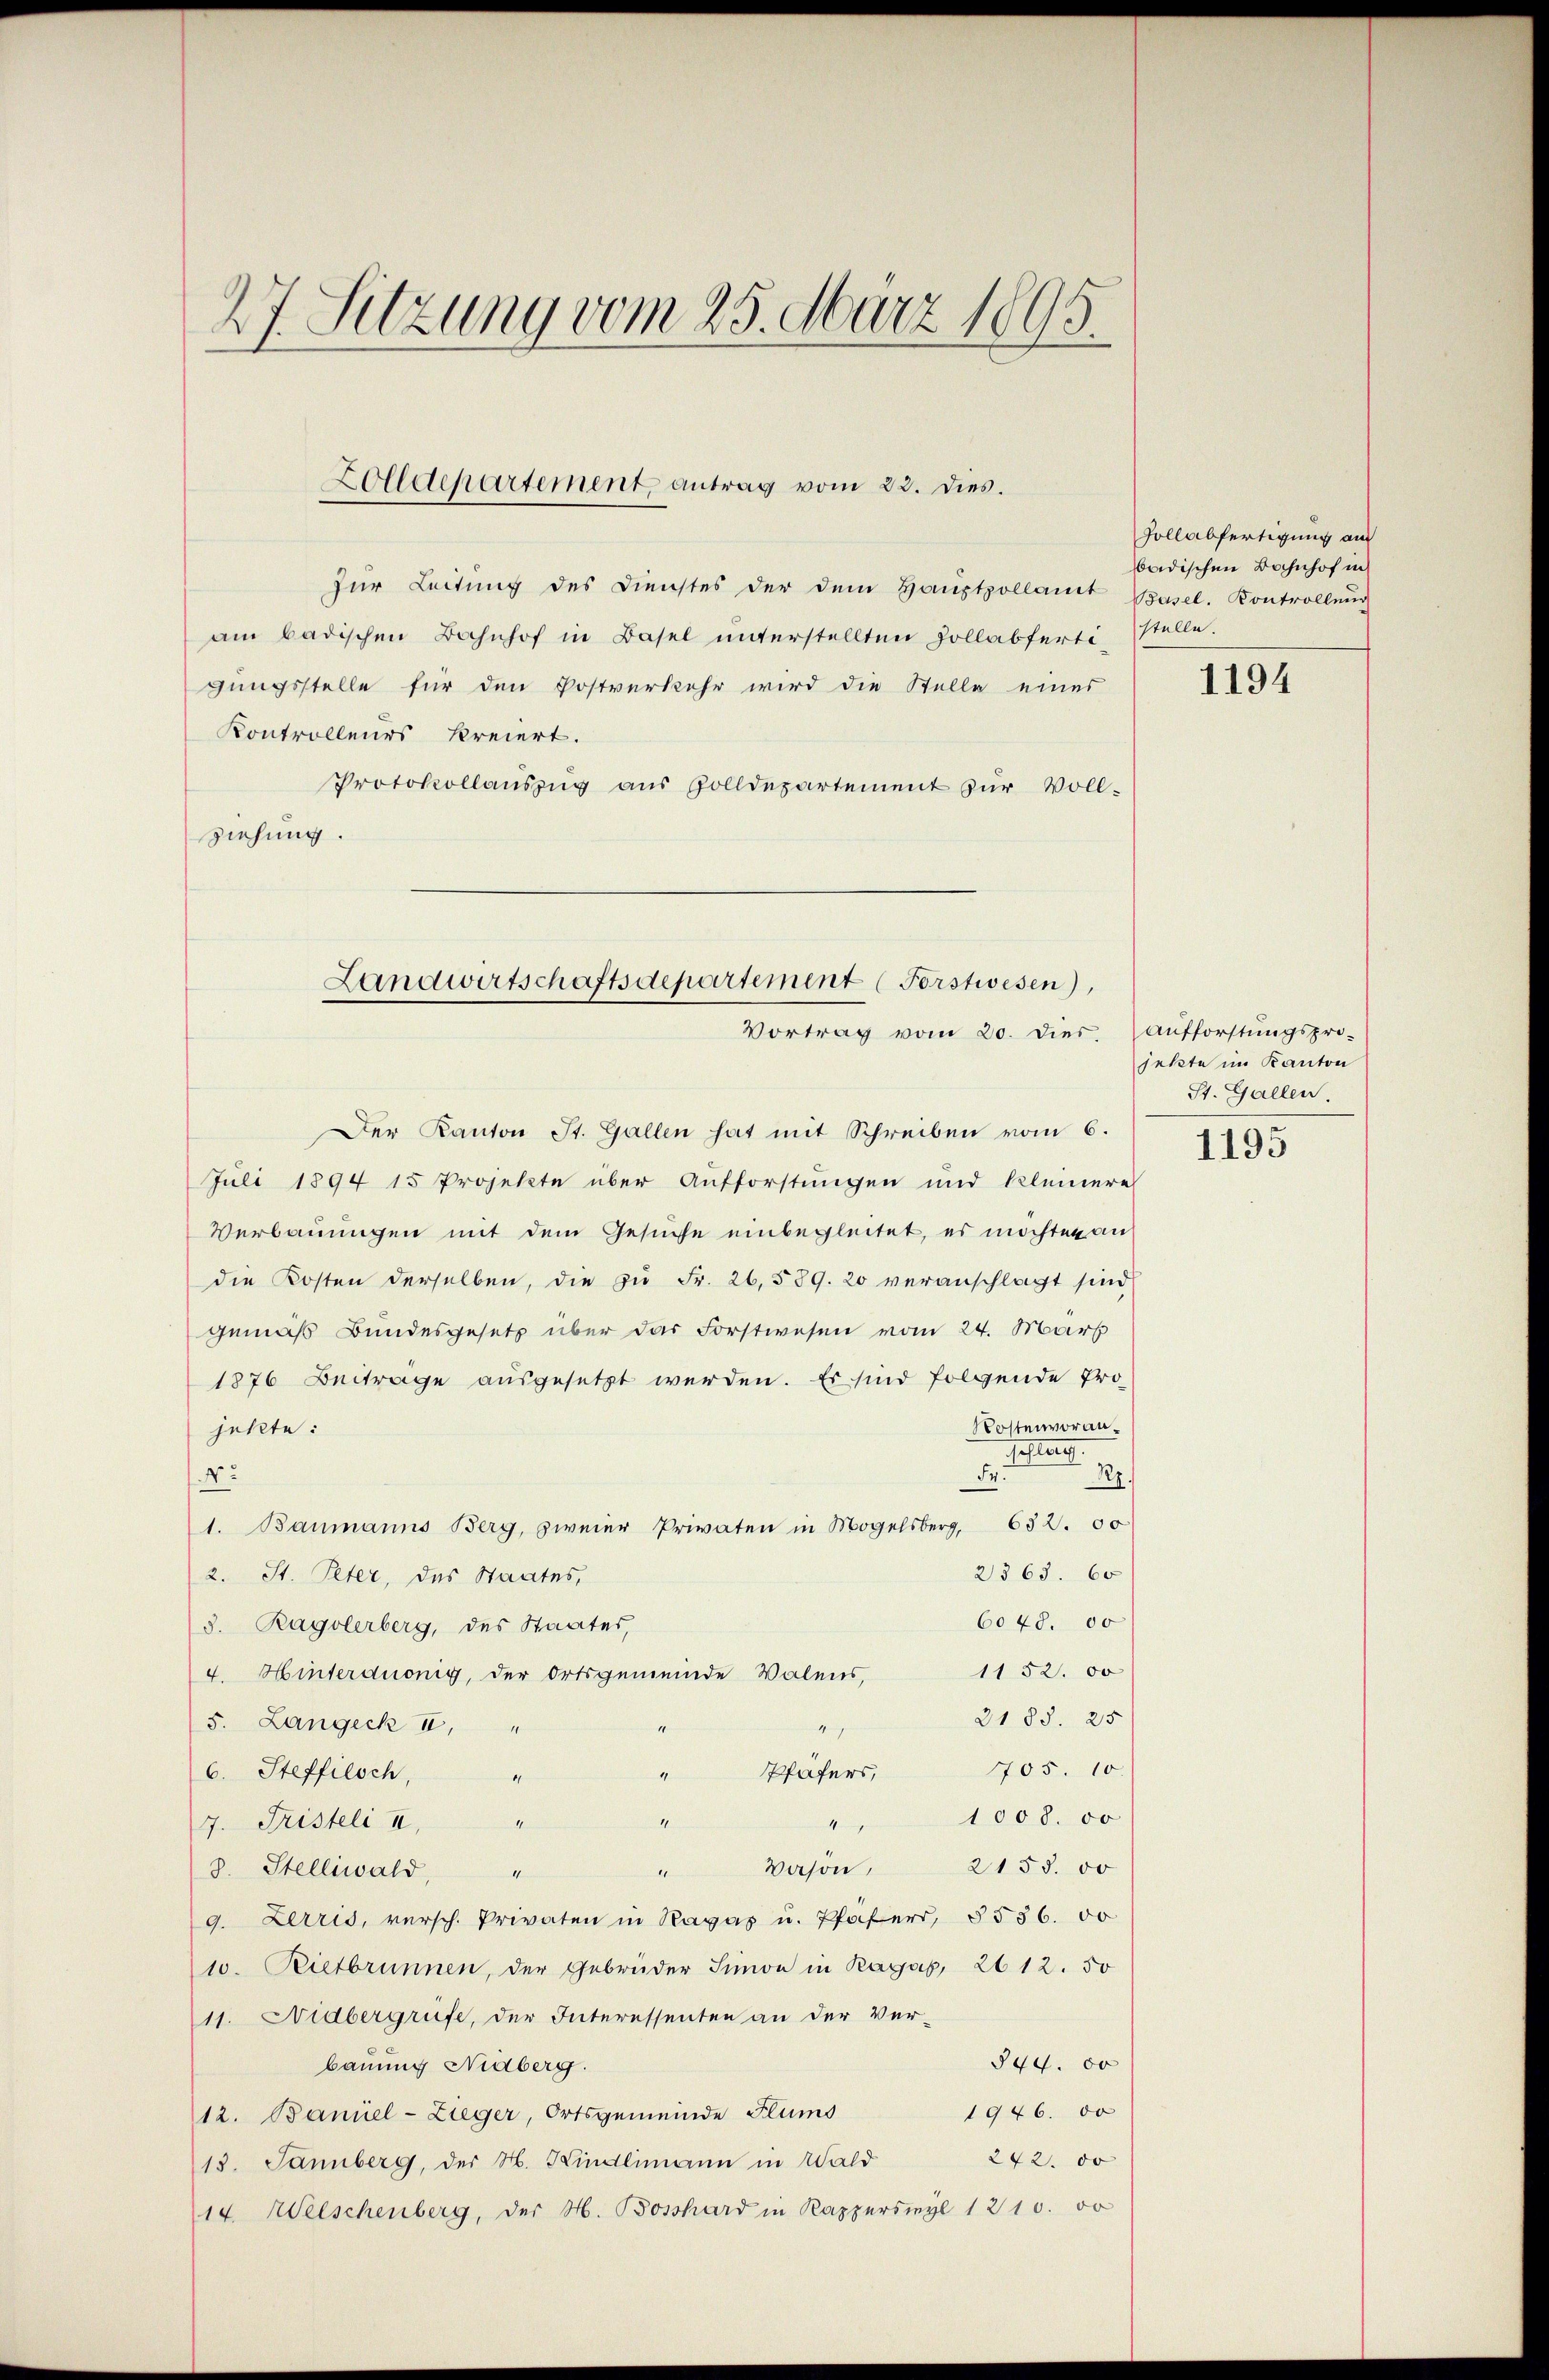
27. Sitzung vom 25. März 1895.

für Leitŭng des Dienstes der dem Haŭptpollamt Basel. Kontrollŭng
am badischen Bahnhof in Basel unterstellten Hollabfertigungsstelle für den Postverkehr wird die Stelle eines
Kontrolleurs kreiert.
Protokollauszug aus Zolldepartement zur Voll-
ziehung.

Zolldepartement antrag vom 23. dies.

Landwirtschaftsdepartement (Forstwesen),
Vortrag vom 20. dies. Aufforstŭngspro-

Der Kanton St. Gallen hat mit Schreiben vom 6.
Juli 1894 15 Projekte über Aufforstungen und kleinere
Verbauungen mit dem Gesuche einbegleitet, es möchten an
die Kosten derselben, die zu Fr. 26,589. 20 veranschlägt sind.
gemäß Bundesgesetz über das Forstwesen vom 24. März
1876 Beiträge ausgesetzt werden. Es sind folgende Pro¬
Kostenvoranjetzte:
Gester
Fr.
R.
No
632. 00
1. Baumanns Berg, zweier Privaten in Mogelsberg,
2563. 60
2. St. Peter, des Staates,
6040. 00
8. Ragolerberg, des Staates,
4. Hinterduonig, der Ortsgemeinde Valens, 1152. 50
2188. 25
5. Langeck II,
x
705. 10
Pfafers,
6. Steffilsch,
" 1000. 00
4
4
7. Fristeli II,
2150. 00
Vason,
8. Stelliwald, "
4
9. Zerris, versch. Privaten in Hagas u. Pfäferr, §536. 50
10. Rietbrunnen, der Gebrüder Simon in Ragas, 2612. 50
11. Nidbergrüfe, der Interessenten an der Ver-
844. 80
bauung Nidberg.
1946. 30
12. Baniel-Zieger, Ortsgemeinde Flums
242. 50
13. Jannberg, der H. Kindlimann in Wald
14. Welschenberg, der H. Bossard in Kapperswyl 1210. 30

Hollabfertigung am
badischen Bahnhof in
stelle.

1194

jekte im Kanton
St. Gallen.

1195